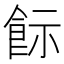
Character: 𩚪